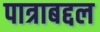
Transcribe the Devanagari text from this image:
पात्राबद्दल